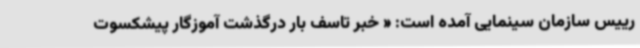
رییس سازمان سینمایی آمده است: « خبر تاسف بار درگذشت آموزگار پیشکسوت